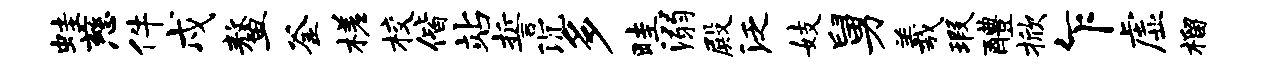
蛙慈件戍鳌釜槎校偕站誓沉多畦溺殿泛妓舅羲瑕醴掀乍虚榴